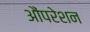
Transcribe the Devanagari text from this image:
औंपरेशन